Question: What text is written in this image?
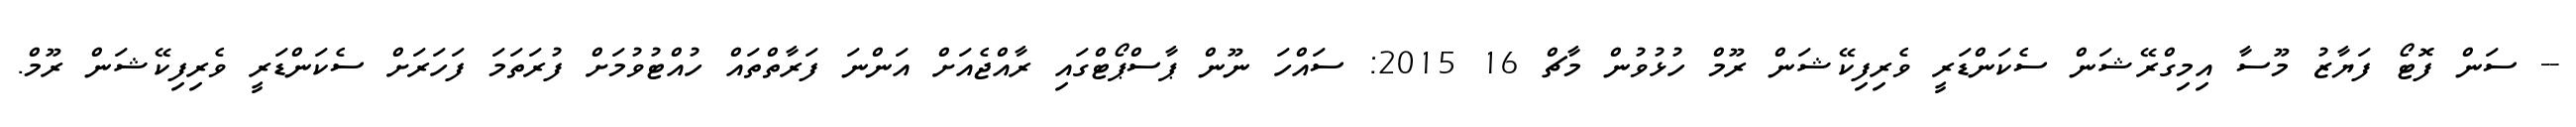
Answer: -- ސަން ފޮޓޯ ފަޔާޒު މޫސާ އިމިގްރޭޝަން ސެކަންޑަރީ ވެރިފިކޭޝަން ރޫމް ހުޅުވުން މާޗް 16 2015: ސައްހަ ނޫން ޕާސްޕޯޓްގައި ރާއްޖެއަށް އަންނަ ފަރާތްތައް ހުއްޓުވުމަށް ފުރަތަމަ ފަހަރަށް ސެކަންޑަރީ ވެރިފިކޭޝަން ރޫމް.